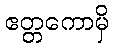
ဧတ္တကောမှိ